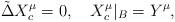
LaTeX: \begin{align*}\tilde{\Delta}{X_c^{\mu}}=0,\quad{X_c^{\mu}}{|_{B}}={Y^{\mu}},\end{align*}